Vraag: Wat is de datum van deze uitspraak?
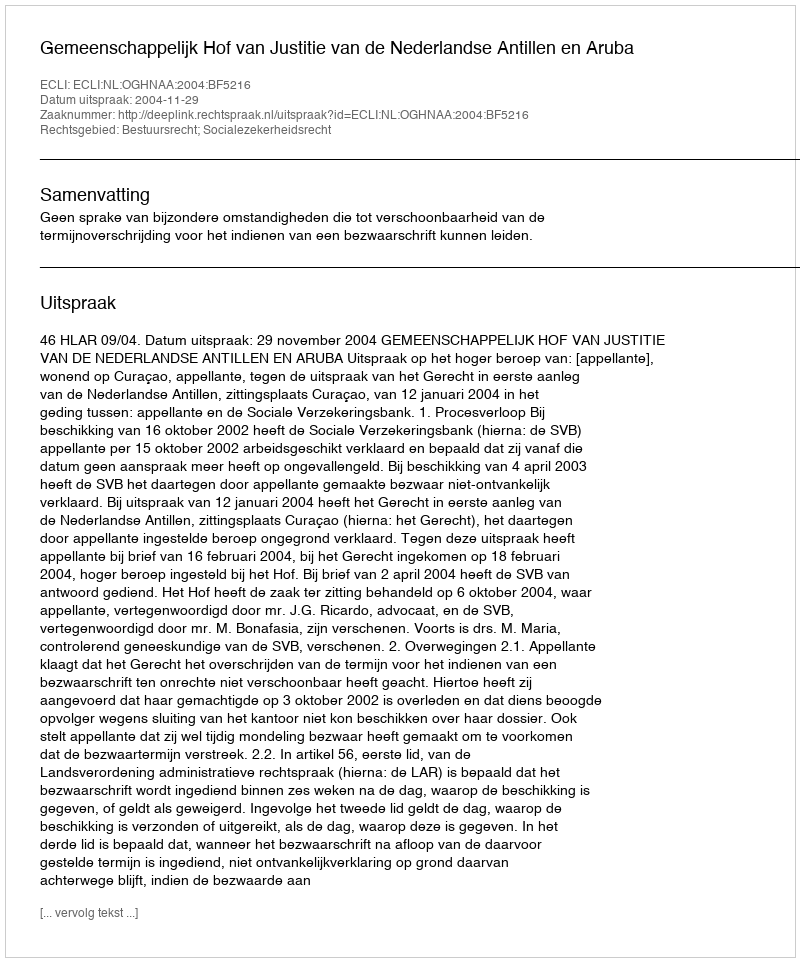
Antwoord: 2004-11-29